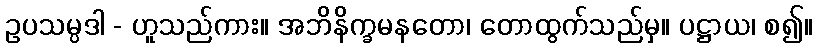
ဥပသမ္ပဒါ - ဟူသည်ကား။ အဘိနိက္ခမနတော၊ တောထွက်သည်မှ။ ပဋ္ဌာယ၊ စ၍။